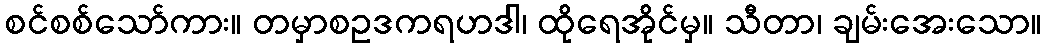
စင်စစ်သော်ကား။ တမှာစဥဒကရဟဒါ၊ ထိုရေအိုင်မှ။ သီတာ၊ ချမ်းအေးသော။